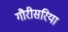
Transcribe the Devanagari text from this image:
गौरीसरिया